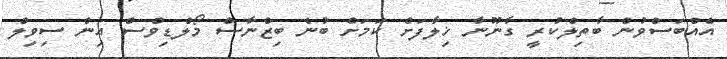
އެއްބަސްވުން ބާތިލްކުރީ ގާނޫނާ ޚިލާފަށް ކަމަށް ބުނެ ބިޒްނާސް މޯލްޑިވްސް އިން ސިވިލް